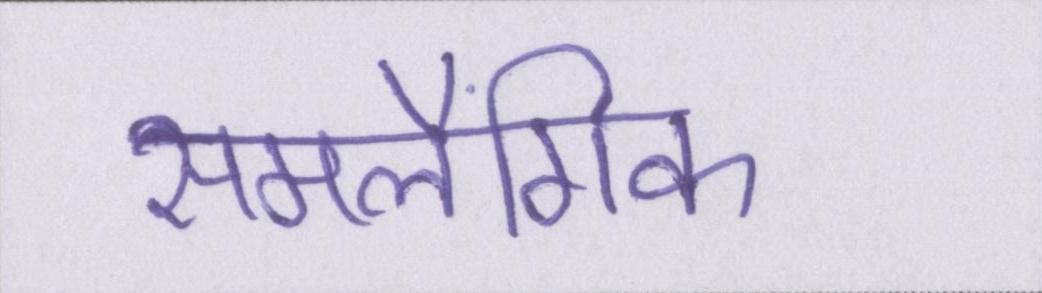
समलैंगिक